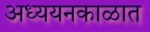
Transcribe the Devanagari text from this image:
अध्ययनकाळात